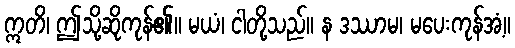
ဣတိ၊ ဤသို့ဆိုကုန်၏။ မယံ၊ ငါတို့သည်။ န ဒဿာမ၊ မပေးကုန်အံ့။